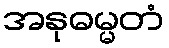
အနုဓမ္မတံ